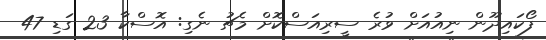
ފޯކައިދޫން ނިއުއަށް ވުރެ ސީރިއަސްކޮށް މެޗު ނެގި: އޮސްކާ 23 ގަޑި 47